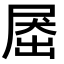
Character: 𡲗